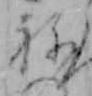
ね